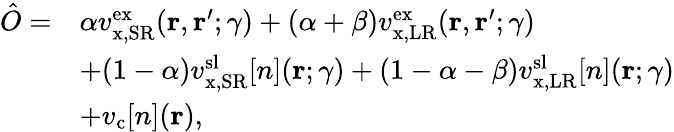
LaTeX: \begin{array}{rl}{\hat{O}=}&{\alpha v_{\mathrm{x,SR}}^{\mathrm{ex}}(\mathbf{r},\mathbf{r}^{\prime};\gamma)+(\alpha+\beta)v_{\mathrm{x,LR}}^{\mathrm{ex}}(\mathbf{r},\mathbf{r}^{\prime};\gamma)}\\ &{+(1-\alpha)v_{\mathrm{x,SR}}^{\mathrm{sl}}[n](\mathbf{r};\gamma)+(1-\alpha-\beta)v_{\mathrm{x,LR}}^{\mathrm{sl}}[n](\mathbf{r};\gamma)}\\ &{+v_{\mathrm{c}}[n](\mathbf{r}),}\end{array}